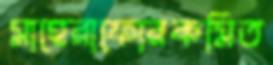
মাহেরাফোরকমিত